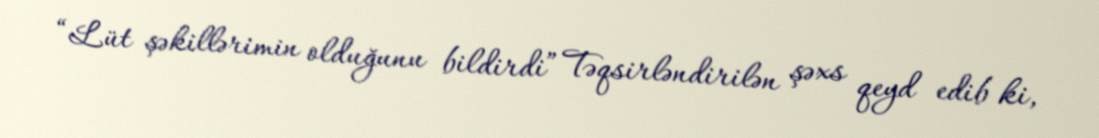
“Lüt şəkillərimin olduğunu bildirdi” Təqsirləndirilən şəxs qeyd edib ki,